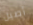
أصيل